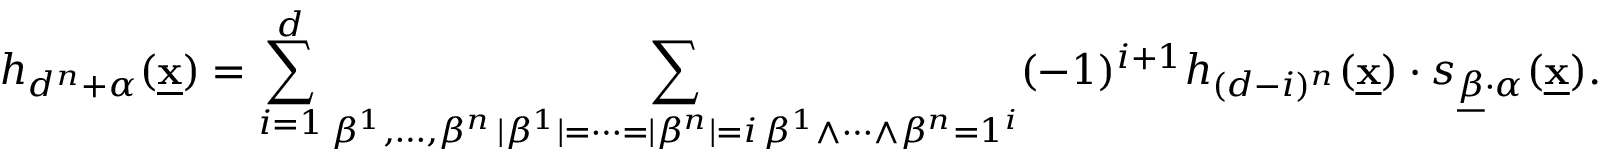
h _ { d ^ { n } + \alpha } ( \underline { { \mathbf { x } } } ) = \sum _ { i = 1 } ^ { d } \sum _ { \substack { \beta ^ { 1 } , \dots , \beta ^ { n } \, | \beta ^ { 1 } | = \cdots = | \beta ^ { n } | = i \, \beta ^ { 1 } \wedge \cdots \wedge \beta ^ { n } = 1 ^ { i } } } ( - 1 ) ^ { i + 1 } h _ { ( d - i ) ^ { n } } ( \underline { { \mathbf { x } } } ) \cdot s _ { \underline { { \beta } } \cdot \alpha } ( \underline { { \mathbf { x } } } ) .